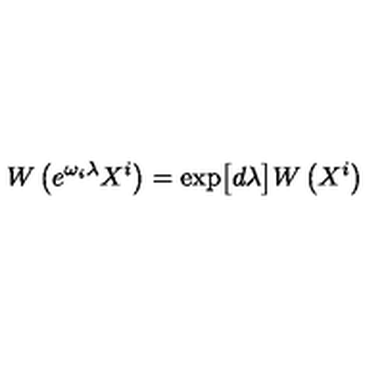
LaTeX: W \left( e ^ { \omega _ { i } \lambda } X ^ { i } \right) = \exp \bigl [ d \lambda \bigr ] W \left( X ^ { i } \right)